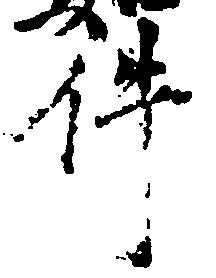
件